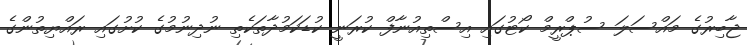
ޖާބިރުގެ މައްސަލަ ސުޕްރީމް ކޯޓުގައި އިސްތިއުނާފް ކުރަނީ ކުޑަކަމުދާތަކެތި ނުދިނުމުގެ ކުށުގައި ރައްޔިތުންގެ